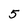
Character: 5